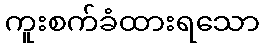
ကူးစက်ခံထားရသော